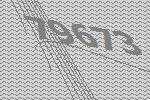
79673